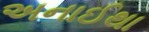
અનાઈથા